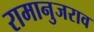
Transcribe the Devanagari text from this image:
रामानुजराव